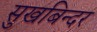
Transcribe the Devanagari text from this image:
सुखबिन्दर